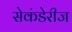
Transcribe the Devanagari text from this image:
सेकंडेरीज